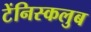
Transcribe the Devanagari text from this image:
टेंनिस्कलुब